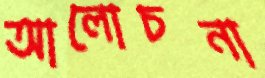
আলোচনা